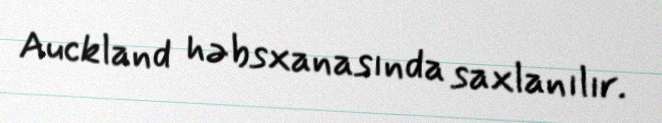
Auckland həbsxanasında saxlanılır.